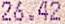
26.42